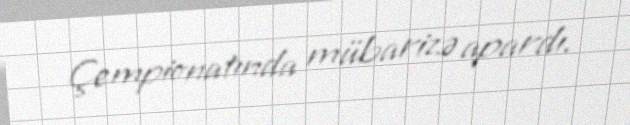
Çempionatında mübarizə apardı.